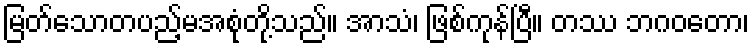
မြတ်သောတပည့်မအစုံတို့သည်။ အာသံ၊ ဖြစ်ကုန်ပြီ။ တဿ ဘဂဝတော၊